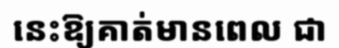
នេះឱ្យគាត់មានពេល ជា